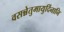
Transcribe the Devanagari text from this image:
वसन्नेतुमायुर्दिनानि